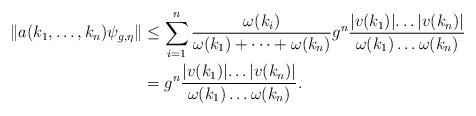
LaTeX: \begin{align*}\lVert a(k_1,\dots,k_n)\psi_{g,\eta}\lVert &\leq \sum_{i=1}^{n} \frac{\omega(k_i) }{\omega(k_1)+\cdots+\omega(k_n)} g^{n}\frac{\lvert v(k_1)\lvert\dots\lvert v(k_n)\lvert}{\omega(k_1)\dots\omega(k_n)}\\&=g^{n}\frac{\lvert v(k_1)\lvert\dots \lvert v(k_n)\lvert}{\omega(k_1)\dots\omega(k_n)}.\end{align*}